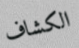
الكشاف